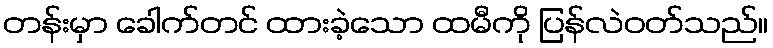
တန်းမှာ ခေါက်တင် ထားခဲ့သော ထမီကို ပြန်လဲဝတ်သည်။